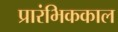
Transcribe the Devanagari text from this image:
प्रारंभिककाल